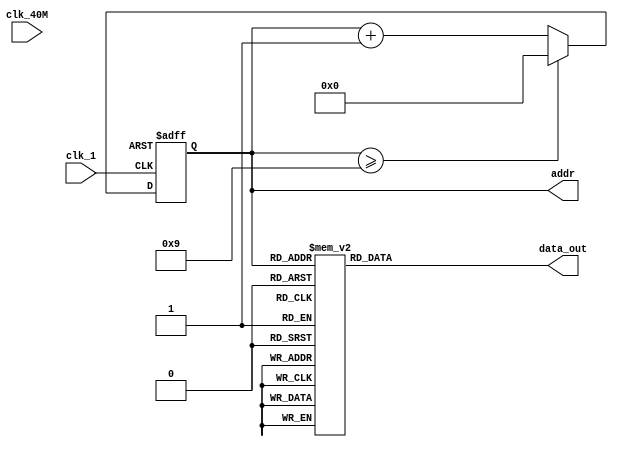
module FakeDispRAMData(
	clk_40M,
	clk_1,
	addr,
	data_out
);

	// I/O PORTS DECLARATION ----------

	// System Basic
	input clk_40M;
	input clk_1;

	// Display Data Output
	output reg [3:0] addr;
	output reg [9:0] data_out;

	// Counter
	reg [3:0] addr_next;

	// ADDR CONTROL ----------
	always @(posedge clk_1 or posedge rst)
	begin
		if (rst)
		begin
			addr <= 4'd0;	
		end
		else if (addr >= 4'd9)
		begin
			addr <= 4'd0;
		end
		else
		begin
			addr <= addr + 1'b1;			
		end
	end


	// FAKE DATA ----------
	always @*
	begin
		case(addr)
			4'd0: data_out = 10'b0000000001;
			4'd1: data_out = 10'b0000000010;
			4'd2: data_out = 10'b0000000100;
			4'd3: data_out = 10'b0000001000;
			4'd4: data_out = 10'b0000010000;
			4'd5: data_out = 10'b0000100000;
			4'd6: data_out = 10'b0001000000;
			4'd7: data_out = 10'b0010000000;
			4'd8: data_out = 10'b0100000000;
			4'd9: data_out = 10'b1000000000;
			default: data_out = 10'b0000000000;
		endcase
	end
endmodule